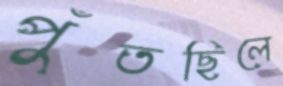
পুঁতছিলে